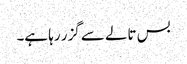
بس تالے سے گزر رہا ہے۔